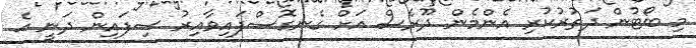
މި ބޯޓުން ދަތުރުކުރި އެންމެން ދޫރެސް އަށް ގެނގޮސްފައިވާއިރު ސިފައިން ދަނީ އެ